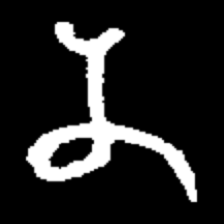
Pyu character \u2014 Myanmar letter: န (romanized: na)